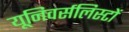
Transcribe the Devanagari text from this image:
यूनिवर्सलिस्टों